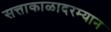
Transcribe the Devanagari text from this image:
सत्ताकाळादरम्यान